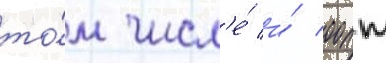
то́м числ'е́ и́ оопт